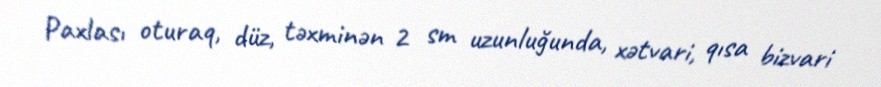
Paxlası oturaq, düz, təxminən 2 sm uzunluğunda, xətvari, qısa bizvari